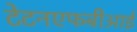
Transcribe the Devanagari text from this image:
टेटनएफबीआई